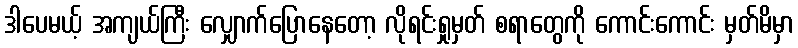
ဒါပေမယ့် အကျယ်ကြီး လျှောက်ပြောနေတော့ လိုရင်းရှုမှတ် စရာတွေကို ကောင်းကောင်း မှတ်မိမှာ